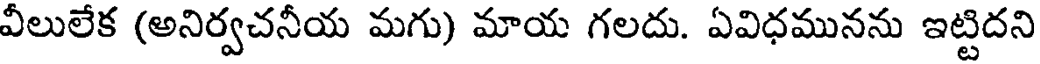
వీలులేక (అనిర్వచనీయ మగు) మాయ గలదు. ఏవిధమునను ఇట్టిదని